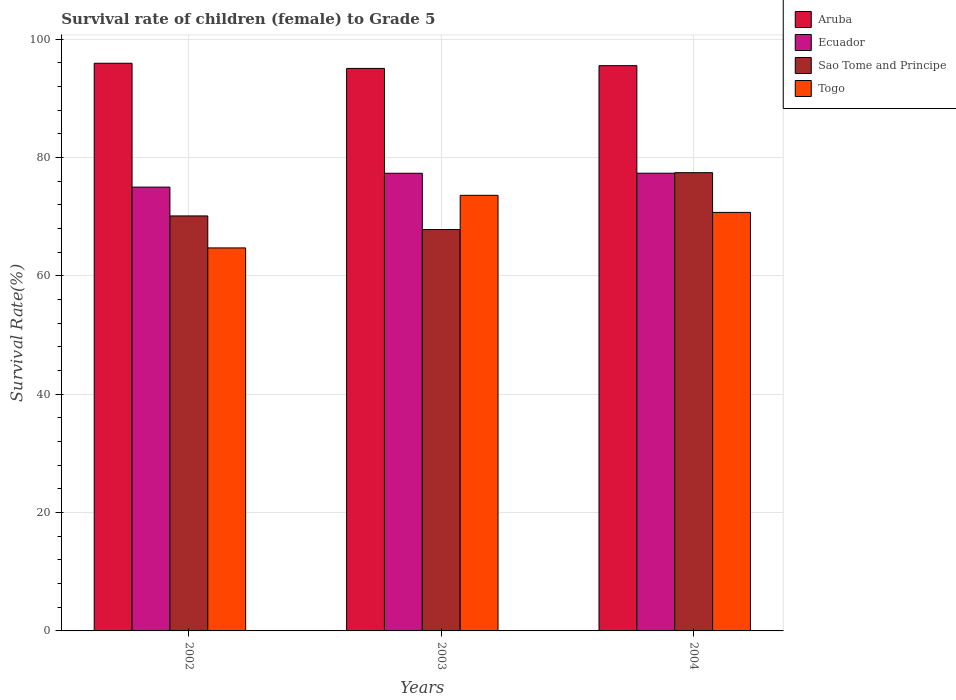
| Years | Aruba | Ecuador | Sao Tome and Principe | Togo |
 | --- | --- | --- | --- | --- |
 | 2002 | 95.9 | 75 | 70.1 | 64.7 |
 | 2003 | 95 | 77.3 | 67.8 | 73.6 |
 | 2004 | 95.5 | 77.3 | 77.4 | 70.7 |